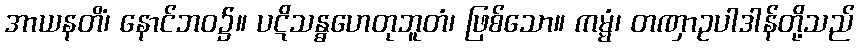
အာယနတိံ၊ နောင်ဘဝ၌။ ပဋိသန္ဓဟေတုဘူတံ၊ ဖြစ်သော။ ကမ္မံ၊ တဏှာဥပါဒါန်တို့သည်